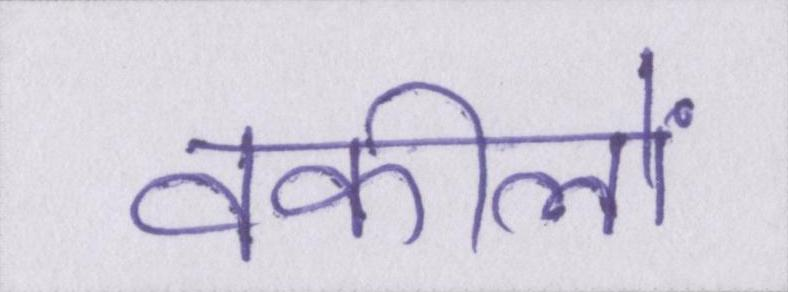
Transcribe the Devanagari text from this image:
वकीलों